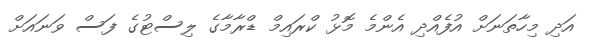
އަދި މިހާތަނަށް އުފެއްދި އެންމެ މޮޅު ކްރައިމް ޑްރާމާގެ ލިސްޓުގެ ފަސް ވަނައަށް